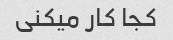
کجا کار میکنی